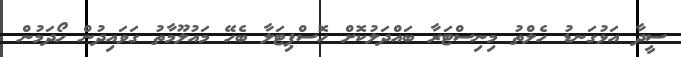
ސީދާ އަޅުގަނޑު ހެލްތު މިނިސްޓަރާ ބައްދަލުކޮށް ހޮސްޕިޓަލާ ބެހޭ މައުލޫމާތު ގަވައިދުން ހޯދަމުން